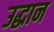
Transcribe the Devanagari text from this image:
उद्धान